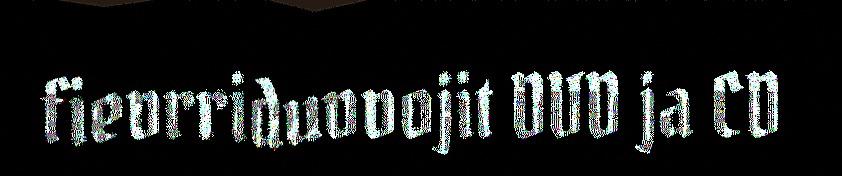
fievrriduvvojit DVD ja CD